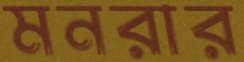
মনরার